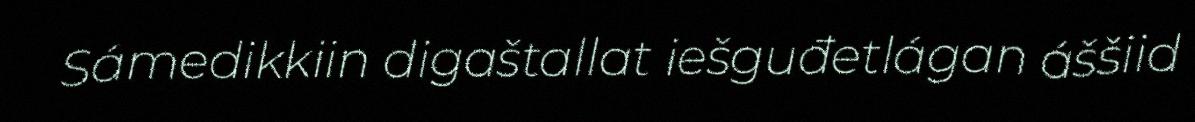
Sámedikkiin digaštallat iešguđetlágan áššiid